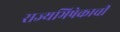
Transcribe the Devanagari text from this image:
राज्यभिषेकाची